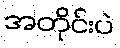
အတိုင်းပဲ